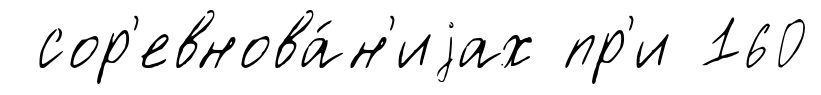
сор'евнова́н'иjах пр'и 160